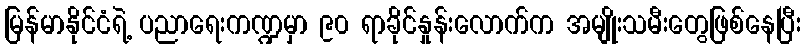
မြန်မာနိုင်ငံရဲ့ ပညာရေးကဏ္ဍမှာ ၉၀ ရာခိုင်နှုန်းလောက်က အမျိုးသမီးတွေဖြစ်နေပြီး